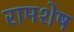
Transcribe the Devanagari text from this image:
रामशेष